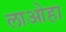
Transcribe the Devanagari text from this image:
लाओहा